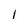
Character: I